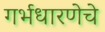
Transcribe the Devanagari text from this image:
गर्भधारणेचे